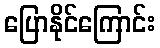
ပြောနိုင်ကြောင်း